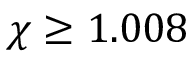
\chi \geq 1 . 0 0 8